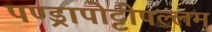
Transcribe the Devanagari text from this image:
पण्ड्रापोट्टीपल्लम